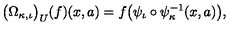
\lefteqn { \big ( \Omega _ { \kappa , \iota } \big ) _ { U } ( f ) ( x , a ) = f \big ( \psi _ { \iota } \circ \psi _ { \kappa } ^ { - 1 } ( x , a ) \big ) , }